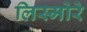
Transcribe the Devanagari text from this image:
लिस्मोरे